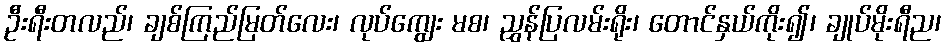
ဦးရီးတလည်၊ ချစ်ကြည်မြတ်လေး၊ လုပ်ကျွေး မစ၊ ညွှန်ပြလမ်းရိုး၊ တောင်နှယ်ကိုး၍၊ ချုပ်မိုးရီည၊